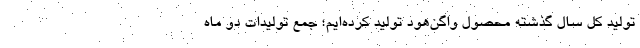
تولید کل سال گذشته محصول واگن‌هود تولید کرده‌ایم؛ جمع تولیدات دو ماه